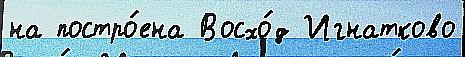
на постро́ена Восхо́д Игнатково